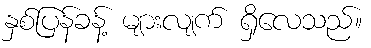
နှစ်ပြန်ခန့် များလျက် ရှိလေသည်။